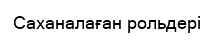
Саханалаған рольдері